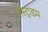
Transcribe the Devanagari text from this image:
नोस्ट्राडम